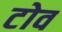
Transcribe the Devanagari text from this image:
टोव